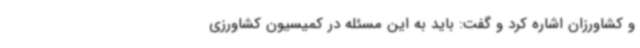
و کشاورزان اشاره کرد و گفت: باید به این مسئله در کمیسیون کشاورزی